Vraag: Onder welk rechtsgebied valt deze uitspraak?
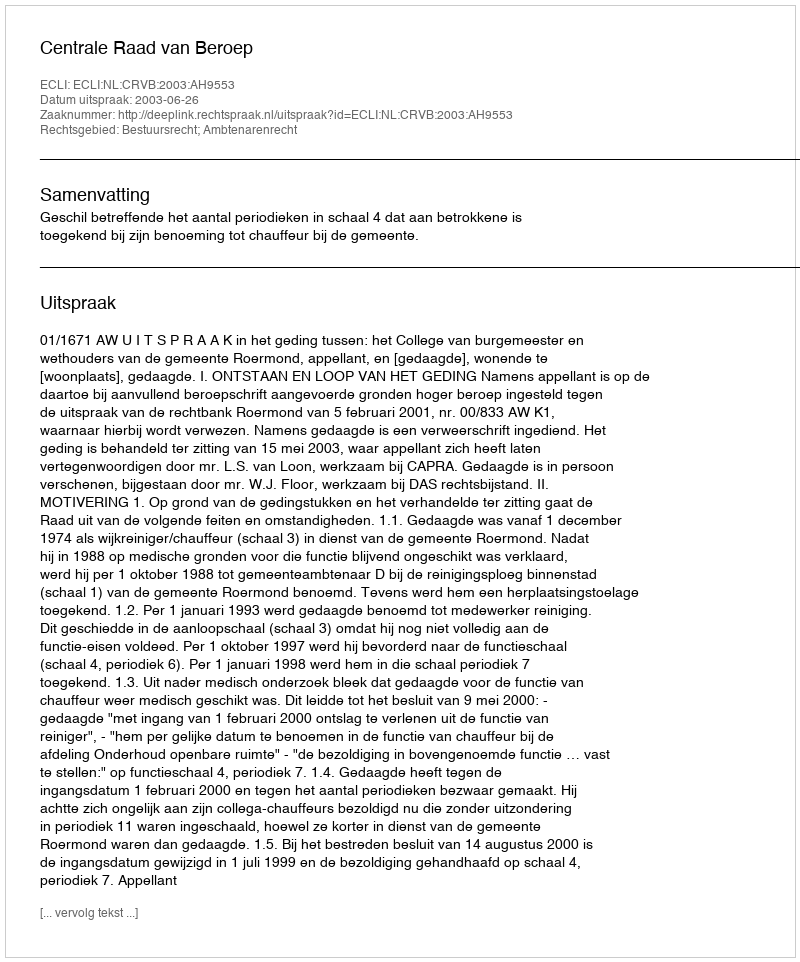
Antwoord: Bestuursrecht; Ambtenarenrecht